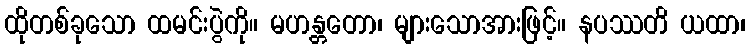
ထိုတစ်ခုသော ထမင်းပွဲကို။ မဟန္တတော၊ များသောအားဖြင့်။ နပဿတိ ယထာ၊